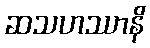
ဆသဟဿာနိ